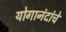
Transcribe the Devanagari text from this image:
योगानंदांचे